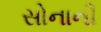
સોનાની